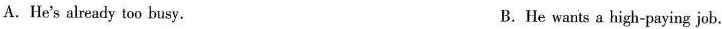
A.He's already too busy. B.He wants a high-paying job.